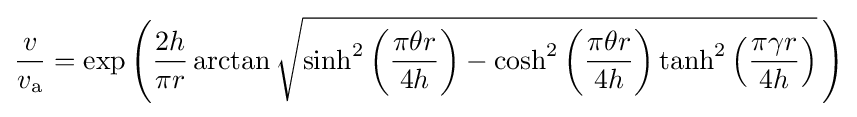
{\frac {v}{v_{\mathrm {a} }}}=\exp \left({\frac {2h}{\pi r}}\arctan {\sqrt {\sinh ^{2}\left({\frac {\pi \theta r}{4h}}\right)-\cosh ^{2}\left({\frac {\pi \theta r}{4h}}\right)\tanh ^{2}\left({\frac {\pi \gamma r}{4h}}\right)}}\,\right)